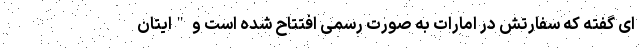
ای گفته که سفارتش در امارات به صورت رسمی افتتاح شده است و "ایتان